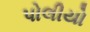
પોલીયો